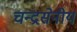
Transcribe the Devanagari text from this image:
चन्द्रसेनीय